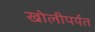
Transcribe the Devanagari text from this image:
खोलीपर्यत